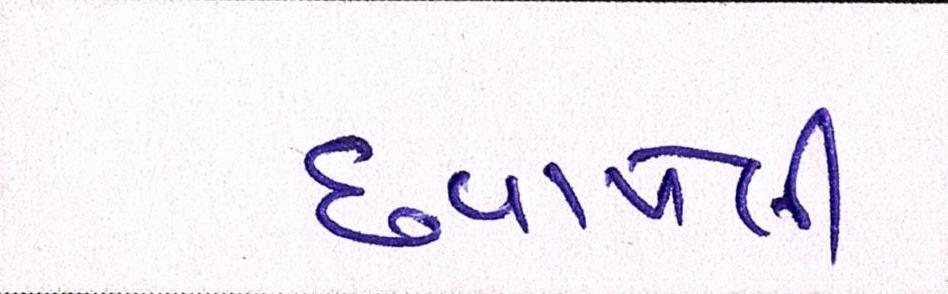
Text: છવાયેલી